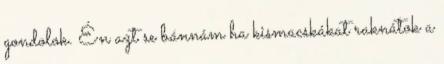
gondolok. Én azt se bánnám ha kismacskákat raknátok a